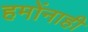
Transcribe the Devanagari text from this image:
हमोंनाही